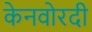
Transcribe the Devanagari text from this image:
केनवोरदी